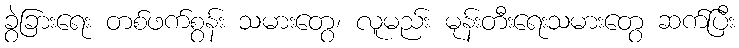
ခွဲခြားရေး တစ်ဖက်စွန်း သမားတွေ၊ လူမည်း မုန်းတီးရေးသမားတွေ ဆက်ပြီး